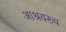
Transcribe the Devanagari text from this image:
आश्रयरूप